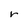
Character: r